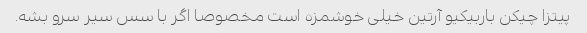
پیتزا چیکن باربیکیو آرتین خیلی خوشمزه است مخصوصا اگر با سس سیر سرو بشه.